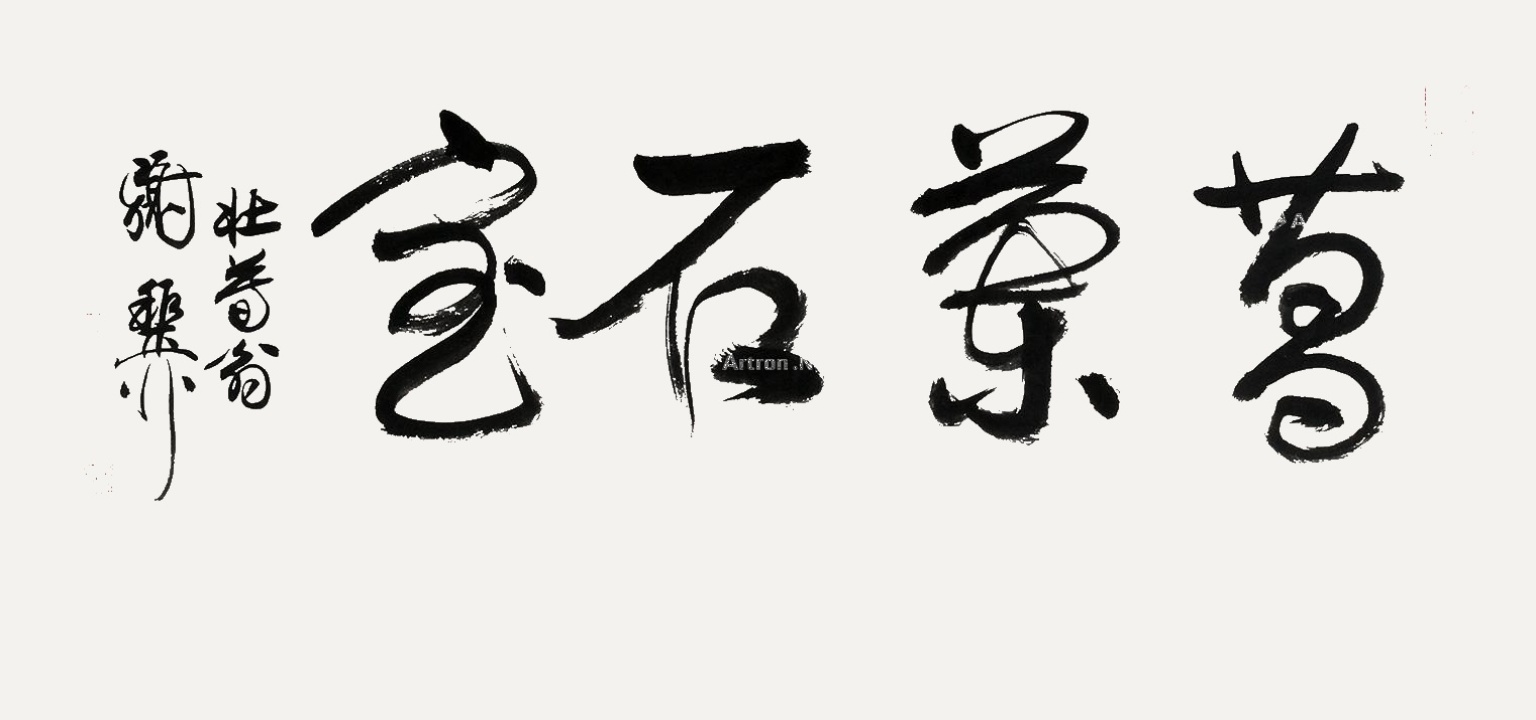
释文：菖兰石室。壮暮翁，谢稚柳。